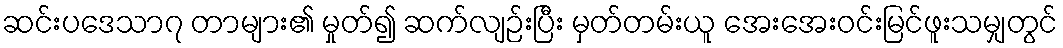
ဆင်းပဒေသာ၇ တာများ၏ မှုတ်၍ ဆက်လျဉ်းပြီး မှတ်တမ်းယူ အေးအေးဝင်းမြင်ဖူးသမျှတွင်